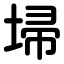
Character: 埽